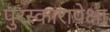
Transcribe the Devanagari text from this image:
पुरस्कारापेक्षा